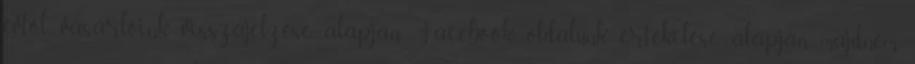
évtől vásárlóink visszajelzése alapján Facebook oldalunk értékelése alapján majdnem